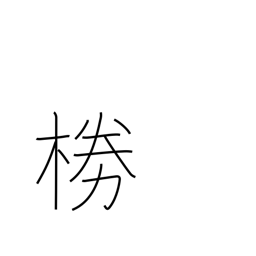
Meaning: wickerwork